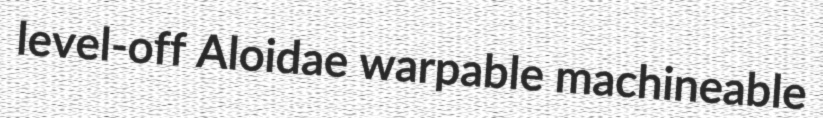
level-off Aloidae warpable machineable